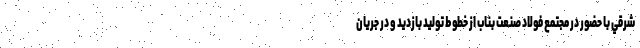
شرقي با حضور در مجتمع فولاد صنعت بناب از خطوط توليد بازديد و در جريان